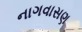
નાગવાસણ